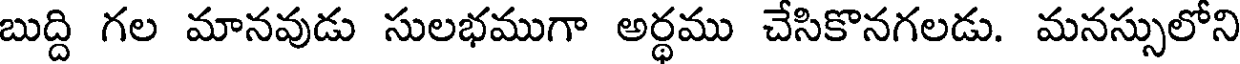
బుద్ది గల మానవుడు సులభముగా అర్థము చేసికొనగలడు. మనస్సులోని